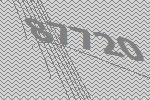
87720